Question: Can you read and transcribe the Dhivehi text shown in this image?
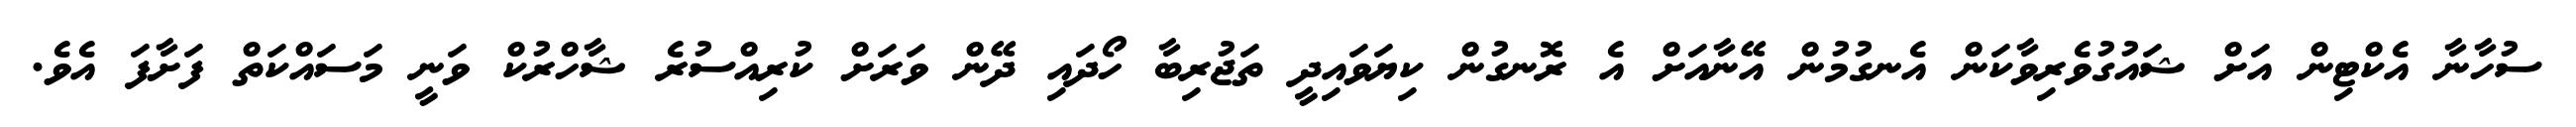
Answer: ސުހާނާ އެކްޓިން އަށް ޝައުގުވެރިވާކަން އެނގުމުން އޭނާއަށް އެ ރޮނގުން ކިޔަވައިދީ ތަޖުރިބާ ހޯދައި ދޭން ވަރަށް ކުރިއްސުރެ ޝާހްރުކް ވަނީ މަސައްކަތް ފަށާފަ އެވެ.